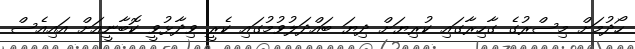
ހޯދުމަށް މިސްރުގެ ގާހިރާގައި ކުރިޔަށް ދިޔަ ބައްދަލުވުމުގައި ކެރީ ވިދާޅުވީ ކޮބާނީއަށް އައިއެސް